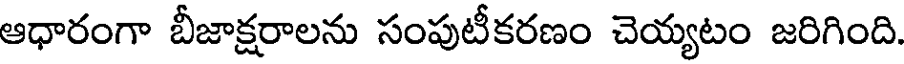
ఆధారంగా బీజాక్షరాలను సంపుటీకరణం చెయ్యటం జరిగింది.